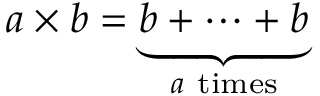
a \times b = \underbrace { b + \cdots + b } _ { a { \mathrm { ~ t i m e s } } }